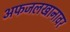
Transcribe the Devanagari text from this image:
अफजलखानावर